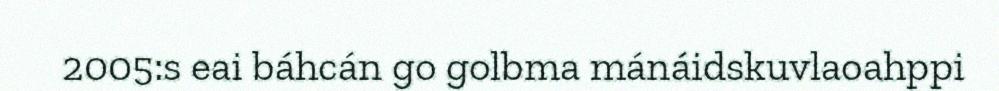
2005:s eai báhcán go golbma mánáidskuvlaoahppi